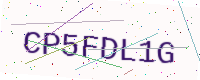
Text: CP5FDL1G